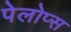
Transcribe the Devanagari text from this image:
पेलोप्स